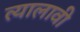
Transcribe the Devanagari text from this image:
त्यालावी